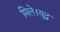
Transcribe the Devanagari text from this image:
मिले।युद्ध